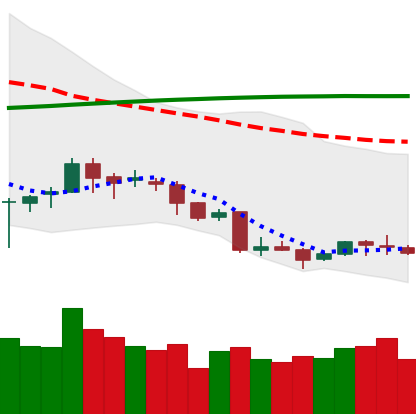
Ticker: LINK-USD
Chart end date: 2018-04-06
Forward return: 30.62%
Label: up_7plus